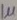
Text: 1µ